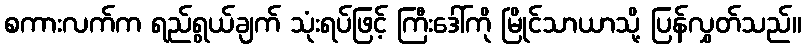
စကားလက်က ရည်ရွယ်ချက် သုံးရပ်ဖြင့် ကြီးဒေါ်ကို မြိုင်သာယာသို့ ပြန်လွှတ်သည်။